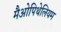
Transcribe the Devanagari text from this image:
मैओपिथेलियम